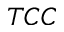
T C C